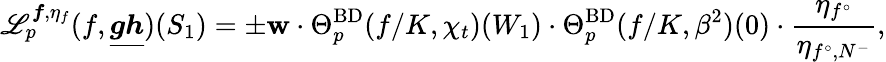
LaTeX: \mathscr{L}_{p}^{{\boldsymbol{f}},\eta_{f}}(f,\underline{{{\boldsymbol{g}}{\boldsymbol{h}}}})(S_{1})=\pm\mathbf{w}\cdot\Theta_{p}^{\mathrm{BD}}(f/K,\chi_{t})(W_{1})\cdot\Theta_{p}^{\mathrm{BD}}(f/K,\beta^{2})(0)\cdot\frac{\eta_{f^{\circ}}}{\eta_{f^{\circ},N^{-}}},